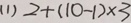
( 1 ) 2 + ( 1 0 - 1 ) \times 3